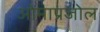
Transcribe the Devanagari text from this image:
ओमाप्रजोल